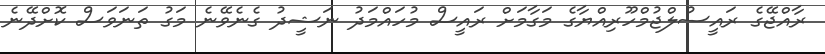
ރާއްޖޭގެ ރައީސުލްޖުމްހޫރިއްޔާގެ މަގާމަށް ރައީސް މުހައްމަދު ނަޝީދު ގެނެވޭނެ މަގު ތަނަވަސް ކޮށްދޭނެ